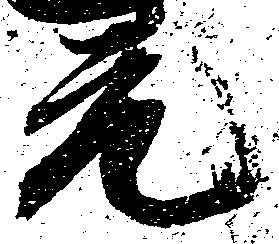
元